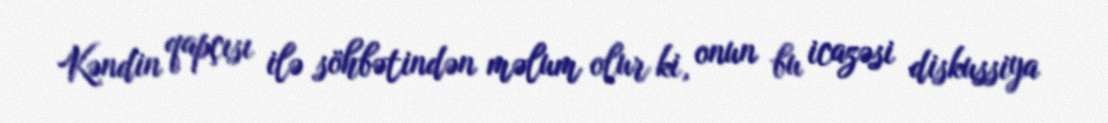
Kəndin qapçısı ilə söhbətindən məlum olur ki, onun bu icazəsi diskussiya